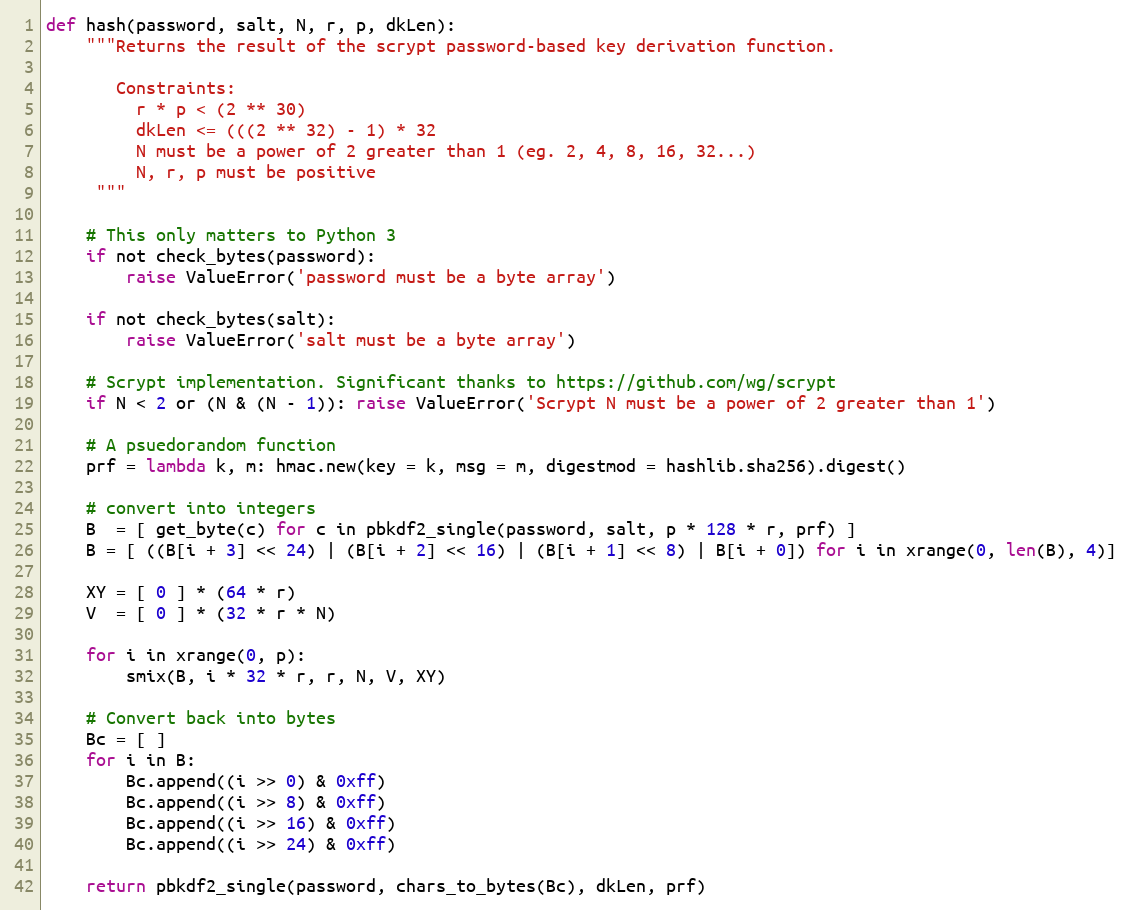
Language: Python
def hash(password, salt, N, r, p, dkLen):
    """Returns the result of the scrypt password-based key derivation function.

       Constraints:
         r * p < (2 ** 30)
         dkLen <= (((2 ** 32) - 1) * 32
         N must be a power of 2 greater than 1 (eg. 2, 4, 8, 16, 32...)
         N, r, p must be positive
     """

    # This only matters to Python 3
    if not check_bytes(password):
        raise ValueError('password must be a byte array')

    if not check_bytes(salt):
        raise ValueError('salt must be a byte array')

    # Scrypt implementation. Significant thanks to https://github.com/wg/scrypt
    if N < 2 or (N & (N - 1)): raise ValueError('Scrypt N must be a power of 2 greater than 1')

    # A psuedorandom function
    prf = lambda k, m: hmac.new(key = k, msg = m, digestmod = hashlib.sha256).digest()

    # convert into integers
    B  = [ get_byte(c) for c in pbkdf2_single(password, salt, p * 128 * r, prf) ]
    B = [ ((B[i + 3] << 24) | (B[i + 2] << 16) | (B[i + 1] << 8) | B[i + 0]) for i in xrange(0, len(B), 4)]

    XY = [ 0 ] * (64 * r)
    V  = [ 0 ] * (32 * r * N)

    for i in xrange(0, p):
        smix(B, i * 32 * r, r, N, V, XY)

    # Convert back into bytes
    Bc = [ ]
    for i in B:
        Bc.append((i >> 0) & 0xff)
        Bc.append((i >> 8) & 0xff)
        Bc.append((i >> 16) & 0xff)
        Bc.append((i >> 24) & 0xff)

    return pbkdf2_single(password, chars_to_bytes(Bc), dkLen, prf)